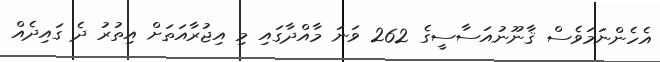
އެހެންނަމަވެސް ޤާނޫނުއަސާސީގެ 262 ވަނަ މާއްދާގައި މި އިޖުރާއަތަށް އިތުރު ދެ ގައިދެއް